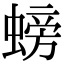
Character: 螃